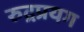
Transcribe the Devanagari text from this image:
रुद्रप्रयग